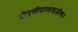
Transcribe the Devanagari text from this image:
डीएसीटालाइज़ेशन